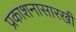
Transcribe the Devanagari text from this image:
प्रकाशनासारखी